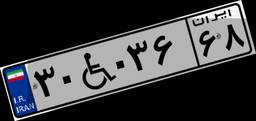
۳۰W۰۳۶۶۸